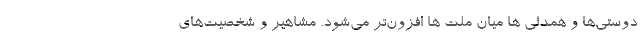
دوستی‌ها و همدلی ها میان ملت ها افزون‌تر می‌شود. مشاهیر و شخصیت‌های